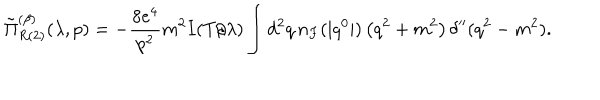
LaTeX: \tilde { \Pi } _ { R { ( 2 ) } } ^ { ( \beta ) } ( \lambda , p ) = - \frac { 8 e ^ { 4 } } { p ^ { 2 } } m ^ { 2 } I ( T / \lambda ) \int d ^ { 2 } q \, n _ { F } ( | q ^ { 0 } | ) \left( q ^ { 2 } + m ^ { 2 } \right) \delta ^ { \prime \prime } ( q ^ { 2 } - m ^ { 2 } ) .